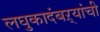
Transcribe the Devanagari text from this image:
लघुकादंबऱ्यांची